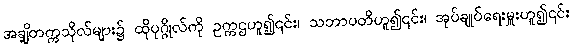
အချို့တက္ကသိုလ်များ၌ ထိုပုဂ္ဂိုလ်ကို ဥက္ကဌဟူ၍၎င်း၊ သဘာပတိဟူ၍၎င်း၊ အုပ်ချုပ်ရေးမှူးဟူ၍၎င်း